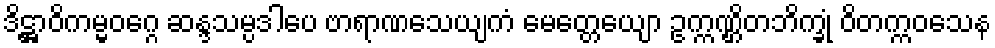
ဒိဋ္ဌာဝိကမ္မဝဂ္ဂေ ဆန္ဒသမ္ပဒါပေ ဗာရာဏသေယျကံ မေတ္တေယျော ဥက္ကဏ္ဌိတဘိက္ခုံ ဝိတက္ကဝသေန